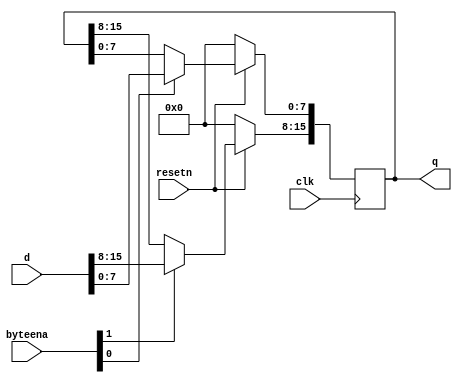
module top_module (
    input clk,
    input resetn,
    input [1:0] byteena,
    input [15:0] d,
    output [15:0] q
);

always @(posedge clk) begin
    if (~resetn) begin
        q <= 16'b0;
    end
    else begin
        if (byteena[1])
            q[15:8] <= d[15:8];
        if (byteena[0])
            q[7:0] <= d[7:0];
    end
end

endmodule